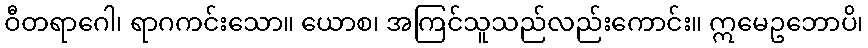
ဝီတရာဂေါ၊ ရာဂကင်းသော။ ယောစ၊ အကြင်သူသည်လည်းကောင်း။ ဣမေဥဘောပိ၊